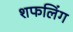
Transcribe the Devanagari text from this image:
शफलिंग